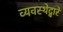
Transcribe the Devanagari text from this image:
व्यवस्थेद्वारे